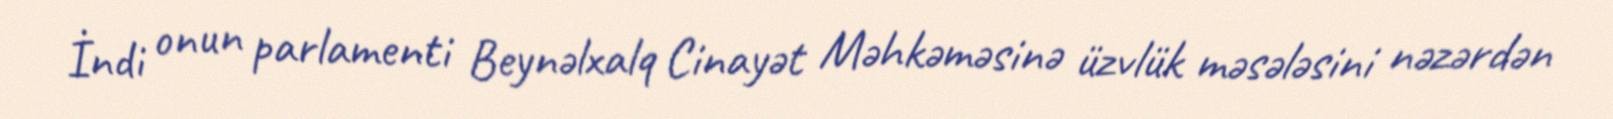
İndi onun parlamenti Beynəlxalq Cinayət Məhkəməsinə üzvlük məsələsini nəzərdən